Annual report on the working of the lock hospitals in the North-Western Provinces and Oudh
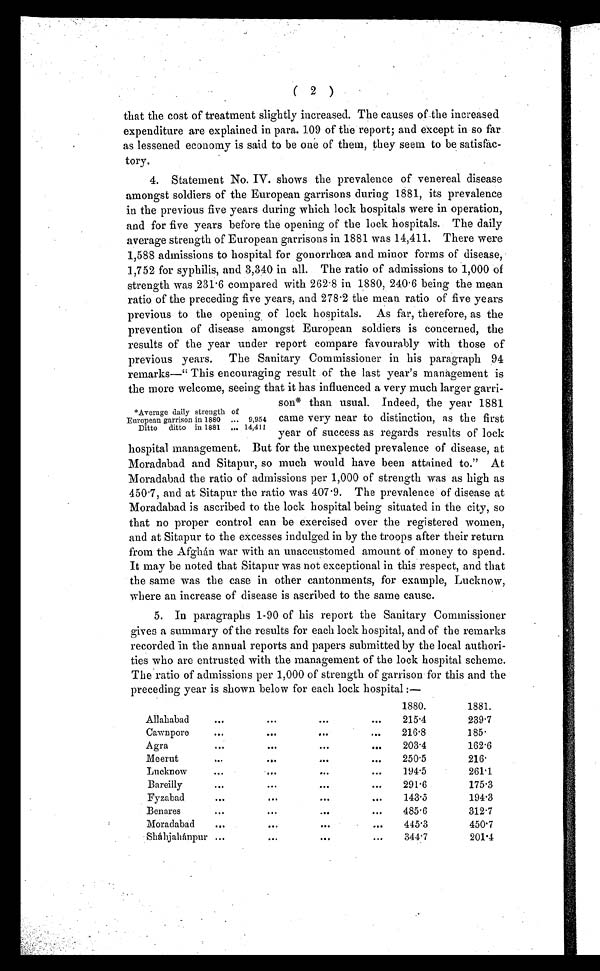
( 2 )
that the cost of treatment slightly increased. The causes of the increased
expenditure are explained in para. 109 of the report; and except in so far
as lessened economy is said to be one of them, they seem to be satisfac-
tory.
4. Statement No. IV. shows the prevalence of venereal disease
amongst soldiers of the European garrisons during 1881, its prevalence
in the previous five years during which lock hospitals were in operation,
and for five years before the opening of the lock hospitals. The daily
average strength of European garrisons in 1881 was 14,411. There were
1,588 admissions to hospital for gonorrhœa and minor forms of disease,
1,752 for syphilis, and 3,340 in all. The ratio of admissions to 1,000 of
strength was 231.6 compared with 262.8 in 1880, 240.6 being the mean
ratio of the preceding five years, and 278.2 the mean ratio of five years
previous to the opening of lock hospitals. As far, therefore, as the
prevention of disease amongst European soldiers is concerned, the
results of the year under report compare favourably with those of
previous years. The Sanitary Commissioner in his paragraph 94
remarks—" This encouraging result of the last year's management is
the more welcome, seeing that it has influenced a very much larger garri-
son* than usual. Indeed, the year 1881
came very near to distinction, as the first
year of success as regards results of lock
hospital management. But for the unexpected prevalence of disease, at
Moradabad and Sitapur, so much would have been attained to." At
Moradabad the ratio of admissions per 1,000 of strength was as high as
450.7, and at Sitapur the ratio was 407.9. The prevalence of disease at
Moradabad is ascribed to the lock hospital being situated in the city, so
that no proper control can be exercised over the registered women,
and at Sitapur to the excesses indulged in by the troops after their return
from the Afghán war with an unaccustomed amount of money to spend.
It may be noted that Sitapur was not exceptional in this respect, and that
the same was the case in other cantonments, for example, Lucknow,
where an increase of disease is ascribed to the same cause.
5. In paragraphs 1-90 of his report the Sanitary Commissioner
gives a summary of the results for each lock hospital, and of the remarks
recorded in the annual reports and papers submitted by the local authori-
ties who are entrusted with the management of the lock hospital scheme.
The ratio of admissions per 1,000 of strength of garrison for this and the
preceding year is shown below for each lock hospital :—
1880.
1881.
Allababad
...
...
...
. . .
215.4
239.7
Cawnpore
...
...
...
...
216.8
185.
Agra
...
...
...
...
203.4
162.6
Meerut
...
...
...
. . .
250.5
216.
Lucknow
...
...
...
. . .
194.5
261.1
Bareilly
...
...
...
...
291.6
175.3
Fyzabad
...
..•. ... ...
143.5
194.3
Benares
...
...
...
...
485.6
312.7
Moradabad
...
...
. . .
445.3
450.7
Sháhjahánpur ...
...
...
. . .
344.7
201.4
*Average daily strength of
European garrison in 1880 ... 9,954
Ditto ditto in 1881 ... 14,411